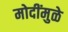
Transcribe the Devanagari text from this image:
मोदींमुळे